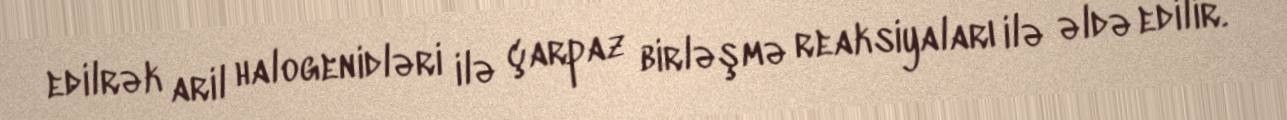
edilrək aril halogenidləri ilə çarpaz birləşmə reaksiyaları ilə əldə edilir.